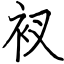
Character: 衩